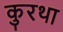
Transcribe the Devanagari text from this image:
कुरथा